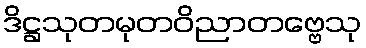
ဒိဋ္ဌသုတမုတဝိညာတဗ္ဗေသု